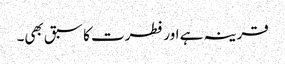
قرینہ ہے اور فطرت کا سبق بھی۔